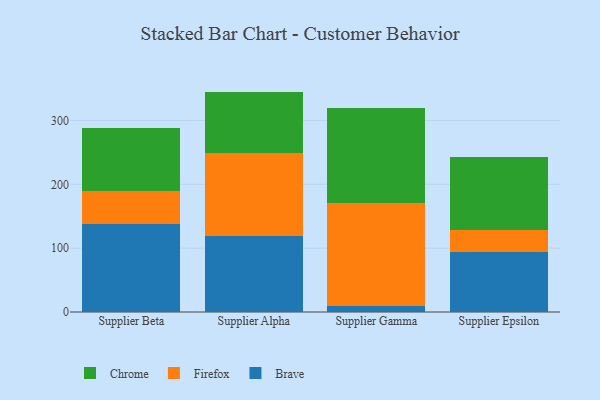
{"axis": {"x": "Supplier", "y": "Population (Million)"}, "legend": ["Brave", "Chrome", "Firefox"], "data": [{"x": "Supplier Beta", "y": 138.1, "type": "Brave"}, {"x": "Supplier Beta", "y": 51.3, "type": "Firefox"}, {"x": "Supplier Beta", "y": 99.4, "type": "Chrome"}, {"x": "Supplier Alpha", "y": 119.2, "type": "Brave"}, {"x": "Supplier Alpha", "y": 129.7, "type": "Firefox"}, {"x": "Supplier Alpha", "y": 96.3, "type": "Chrome"}, {"x": "Supplier Gamma", "y": 9.6, "type": "Brave"}, {"x": "Supplier Gamma", "y": 160.6, "type": "Firefox"}, {"x": "Supplier Gamma", "y": 149.8, "type": "Chrome"}, {"x": "Supplier Epsilon", "y": 93.2, "type": "Brave"}, {"x": "Supplier Epsilon", "y": 35.4, "type": "Firefox"}, {"x": "Supplier Epsilon", "y": 114.1, "type": "Chrome"}]}